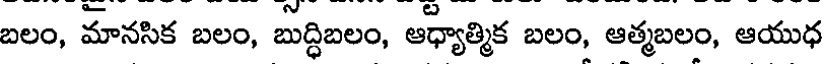
బలం, మానసిక బలం, బుద్ధిబలం, ఆధ్యాత్మిక బలం, ఆత్మబలం, ఆయుధ